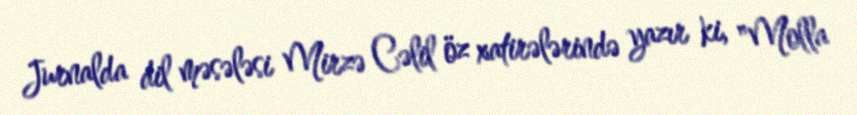
Jurnalda dil məsələsi Mirzə Cəlil öz xatirələrində yazır ki, "Molla